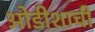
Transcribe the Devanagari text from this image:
ओडीशाची